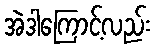
အဲဒါကြောင့်လည်း